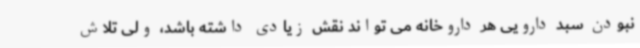
نبودن سبد دارویی هر داروخانه می تواند نقش زیادی داشته باشد، ولی تلاش